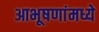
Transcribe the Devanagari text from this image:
आभूषणांमध्ये